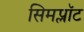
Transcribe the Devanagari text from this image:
सिमप्लॉट